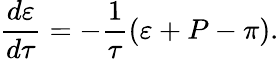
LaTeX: \frac{d\varepsilon}{d\tau}=-\frac{1}{\tau}\left(\varepsilon+P-\pi\right).